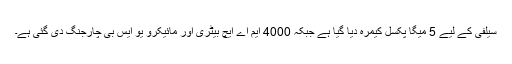
سیلفی کے لیے 5 میگا پکسل کیمرہ دیا گیا ہے جبکہ 4000 ایم اے ایچ بیٹری اور مائیکرو یو ایس بی چارجنگ دی گئی ہے۔